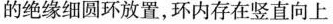
的绝缘细圆环放置，环内存在竖直向上